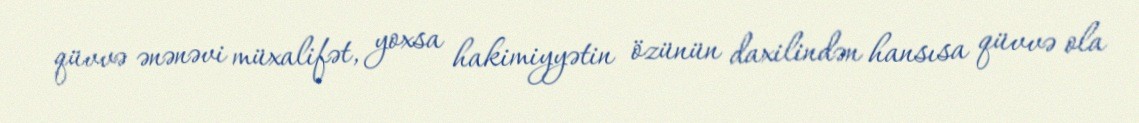
qüvvə ənənəvi müxalifət, yoxsa hakimiyyətin özünün daxilindən hansısa qüvvə ola